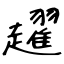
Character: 趯